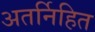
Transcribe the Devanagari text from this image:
अतर्निहित